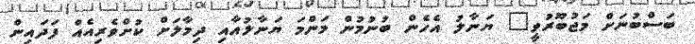
ބަސްބުނަށް މަޖުބޫރުވީ" ޔަނާލު އެހެން ބުނުމުން މަންމަ ޔަނާލުއާއި ދިމާލަށް ކުށްވެރިއެއް ފަދައިން